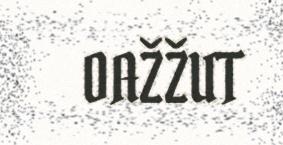
OAŽŽUT